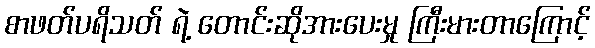
စာဖတ်ပရိသတ် ရဲ့ တောင်းဆိုအားပေးမှု ကြီးမားတာကြောင့်